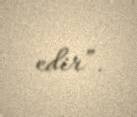
edir”.